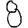
Digit: 8